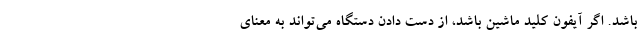
باشد. اگر آیفون کلید ماشین باشد، از دست دادن دستگاه می‌تواند به معنای